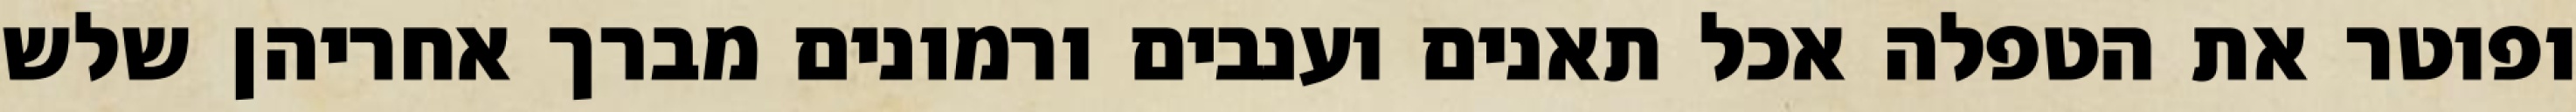
ופוטר את הטפלה אכל תאנים וענבים ורמונים מברך אחריהן שלש